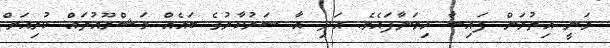
ވަނީ އިތުރަށް ފައިސާ ހިމަނާފައެވެ. އަދި އާ ސަރުކާރުގެ ބައެއް މަޝްރޫއުތައް ކުރިއަށް